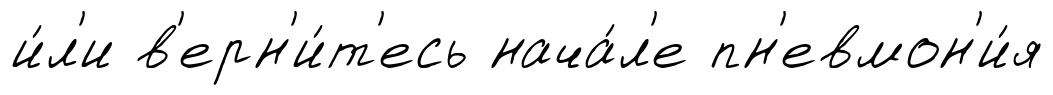
и́л'и в'ерн'и́т'есь нача́л'е пн'евмон'и́я